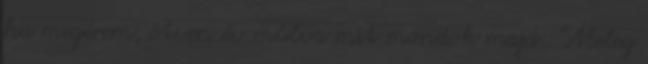
ha megérem, ötven év múlva mit mondok majd: "Meleg